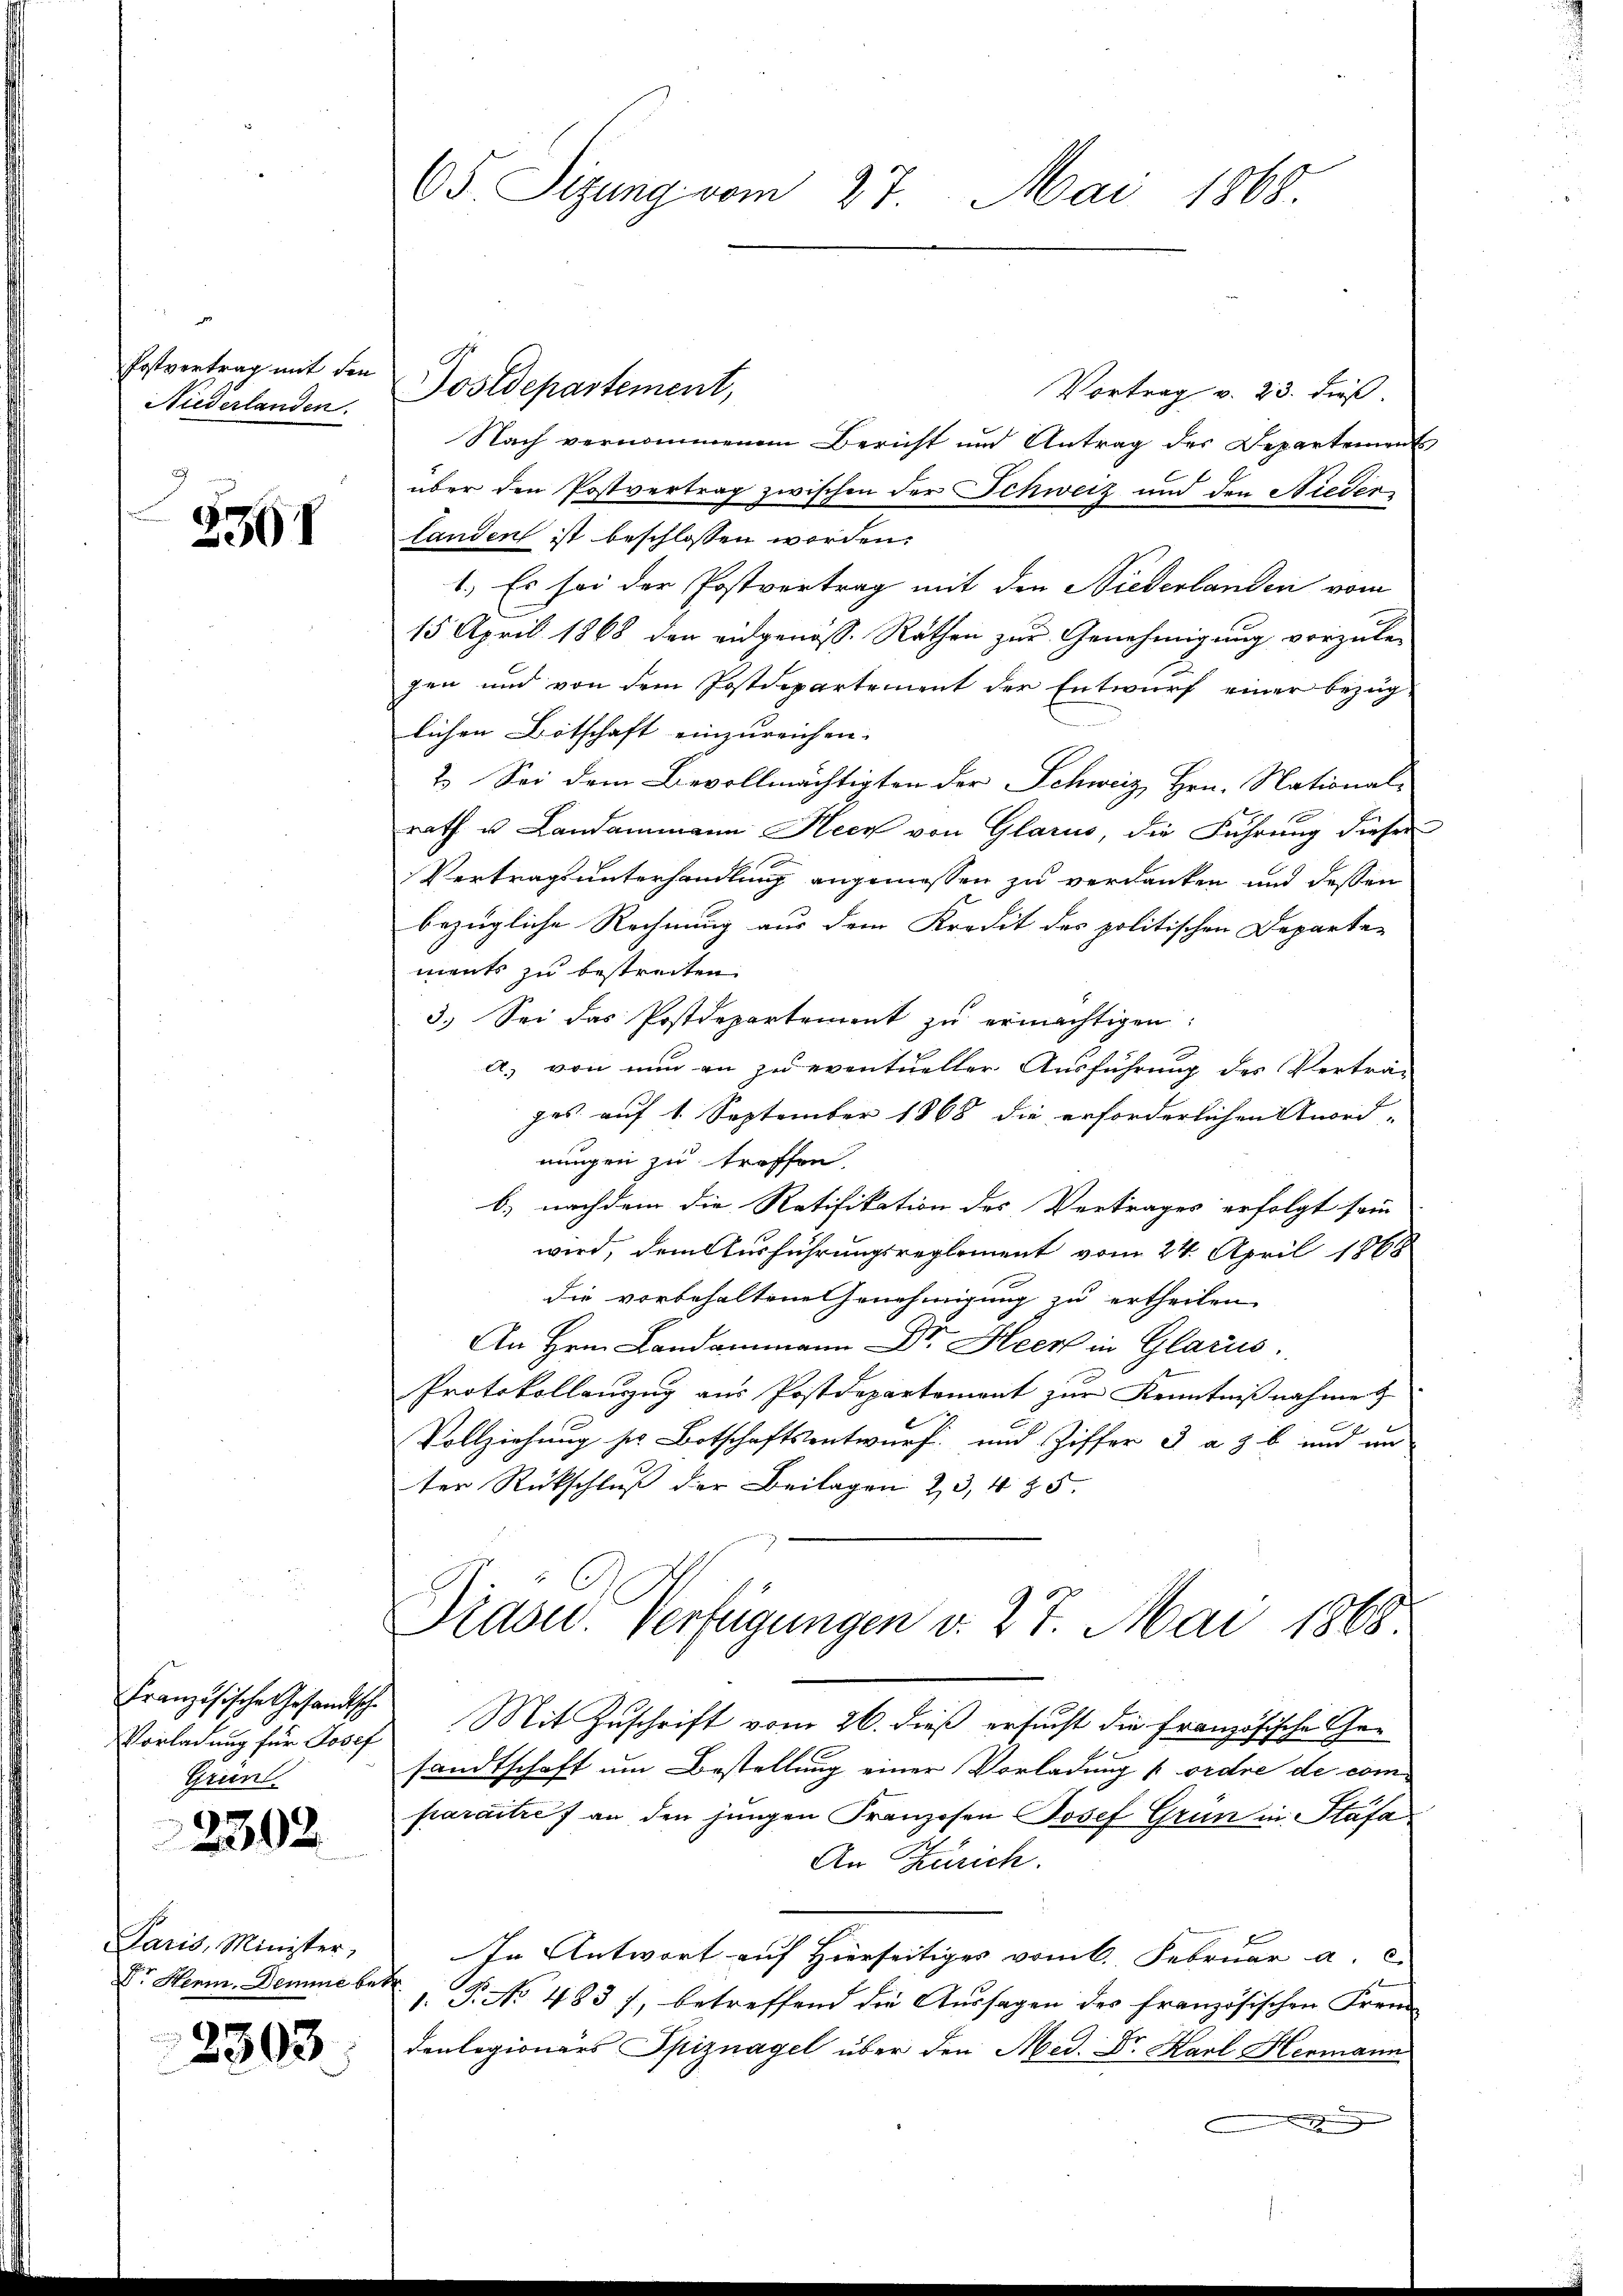
Postvertrag mit den
Niederlanden.
3

2301

Französische Gesandtsche
Vorladung für Josef
Grund

2302

Paris, Minister,
D. Herm. Demme bet

2303.

65. Sizung vom 27. Mai 1868.

Vortrag v. 23. dieß.
Nach vernommenen Bericht und Antrag des Departements
über den Postvertrag zwischen der Schweiz und den Stieder
landen ist beschlossen worden.
1.) Es sei der Postvertrag mit den Niederlanden vom
15 April 1868 den eidgenöss. Räthen zur Genehmigung vorzule-
1
gen und von dem Postdepartement der Entwŭrf einer bezüg-
lichen Botschaft einzureichen. |
2. Sei dem Bevollmächtigten der Schweiz Hrn. National-
rath u. Landammann Heer von Glarus, die Führung dieser
Vertragsunterhandlung angemessen zu verdanken und dessen
bezügliche Rechnung aus dem Kredit des politischen Departe-
ments zu bestreiten.
3. Sei das Postdepartement zŭ ermächtigen:
a.) von nun an zu eventueller Ausführung des Verträ-
ges. auf 1. September 1868 die erforderlichen Anord-
nungen zu treffen.
b. nachdem die Ratifikation des Vertrages erfolgt sein
wird, dem Ausführungsreglement vom 24. April 1868
die vorbehaltene Genehmigung zu ertheilen.
An Hrn. Landammann Dr. Heer in Glarus.
Protokollauszug aus Postdepartement zur Kenntnißnahme t
Vollziehung ser Botschaftsentwurf und Ziffer 3 ab und un
ter Rückschluß der Beilagen 23, 4 & 5.

Tostdepartement,

Praser Verfügungen d. 27. Mai 1868.

Mit Zuschrift vom 26. dieß ersucht die Französische Gesandtschaft um Bestellung einer Vorladung ordre de com
paraitres an den jungen Franzosen Josef Grün in Stäfa
An Zürich.
In Antwort auf Hierseitiges vom 6. Februar a. c.
f
1. P. No 483 f., betreffend die Aussagen des französischen Fremd
denlegionärs Spiznagel über den Med. Dr. Karl Hermann